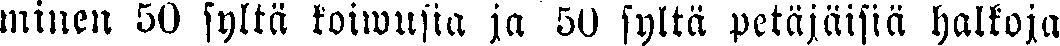
minen 50 syltä koiwusia ja 50 syltä petäjäisiä halkoja